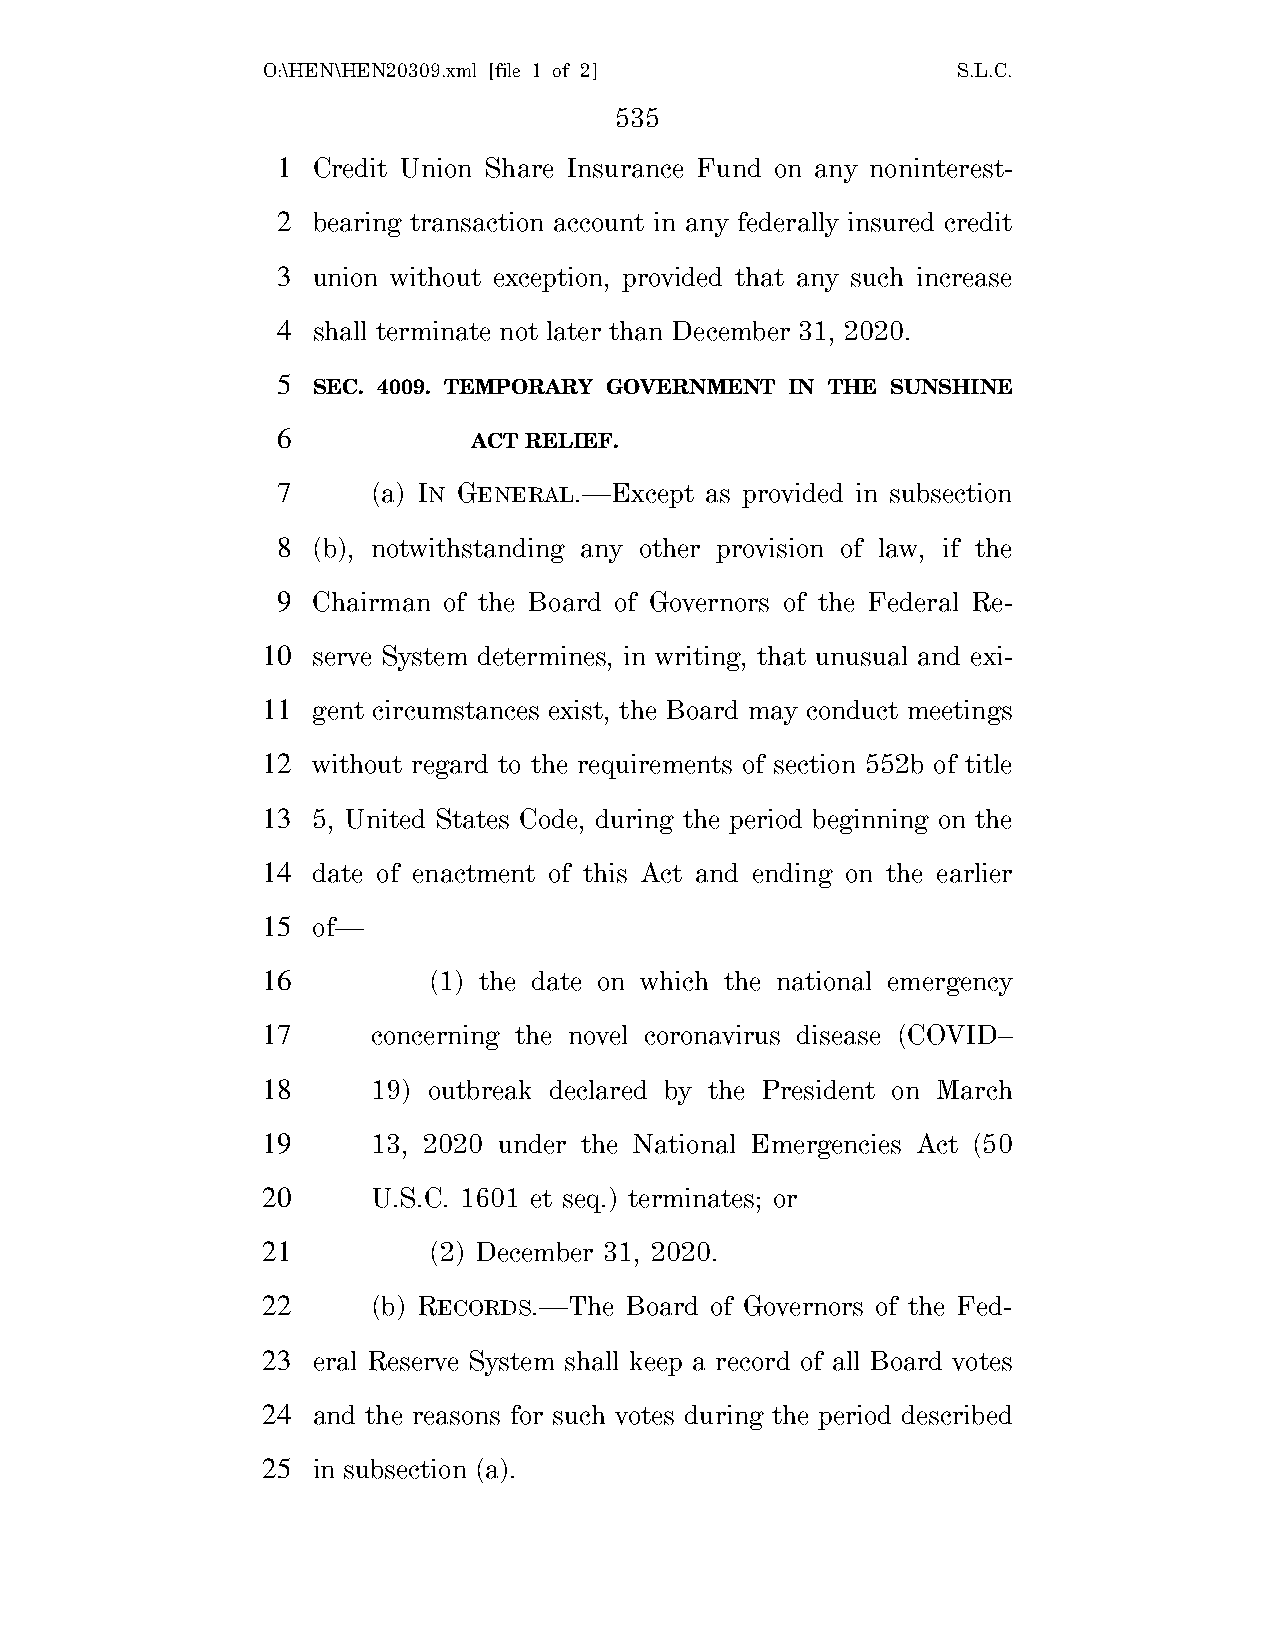
O:\HEN\HEN20309.xml [file 1 of 2]             S.L.C.
 535
 1  Credit Union Share Insurance Fund on any noninterest-
 2  bearing transaction account in any federally insured credit
 3  union without exception, provided that any such increase
 4  shall terminate not later than December 31, 2020.
 5
 SEC. 4009. TEMPORARY GOVERNMENT IN THE SUNSHINE
 6
 ACT RELIEF.
 7      (a) IN GENERAL.—Except as provided in subsection
 8  (b), notwithstanding any other provision of law, if the
 9  Chairman of the Board of Governors of the Federal Re-
 10  serve System determines, in writing, that unusual and exi-
 11  gent circumstances exist, the Board may conduct meetings
 12  without regard to the requirements of section 552b of title
 13  5, United States Code, during the period beginning on the
 14  date of enactment of this Act and ending on the earlier
 15  of—
 16         (1) the date on which the national emergency
 17      concerning the novel coronavirus disease (COVID–
 18      19) outbreak declared by the President on March
 19      13, 2020 under the National Emergencies Act (50
 20      U.S.C. 1601 et seq.) terminates; or
 21         (2) December 31, 2020.
 22      (b) RECORDS.—The Board of Governors of the Fed-
 23  eral Reserve System shall keep a record of all Board votes
 24  and the reasons for such votes during the period described
 25  in subsection (a).